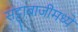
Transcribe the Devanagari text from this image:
सट्टाबाजीमध्ये